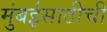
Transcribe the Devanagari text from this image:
मुंबईसाठीची